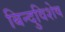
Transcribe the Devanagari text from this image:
बिन्दुविशेष